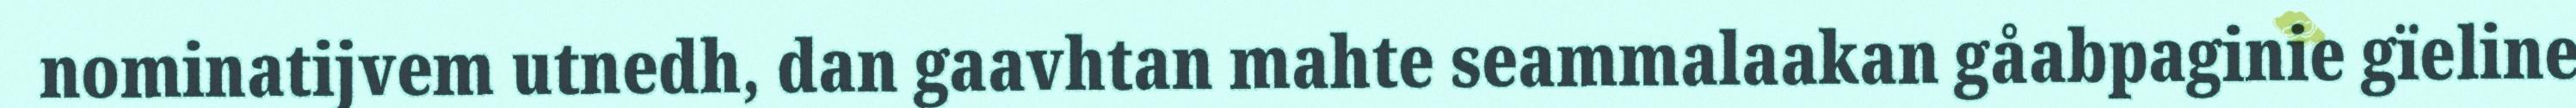
nominatijvem utnedh, dan gaavhtan mahte seammalaakan gåabpaginie gïeline